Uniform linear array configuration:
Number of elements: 16
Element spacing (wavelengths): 1
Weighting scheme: binomial
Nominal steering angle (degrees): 15
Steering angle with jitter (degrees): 14.544
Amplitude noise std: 0.05
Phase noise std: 0.05

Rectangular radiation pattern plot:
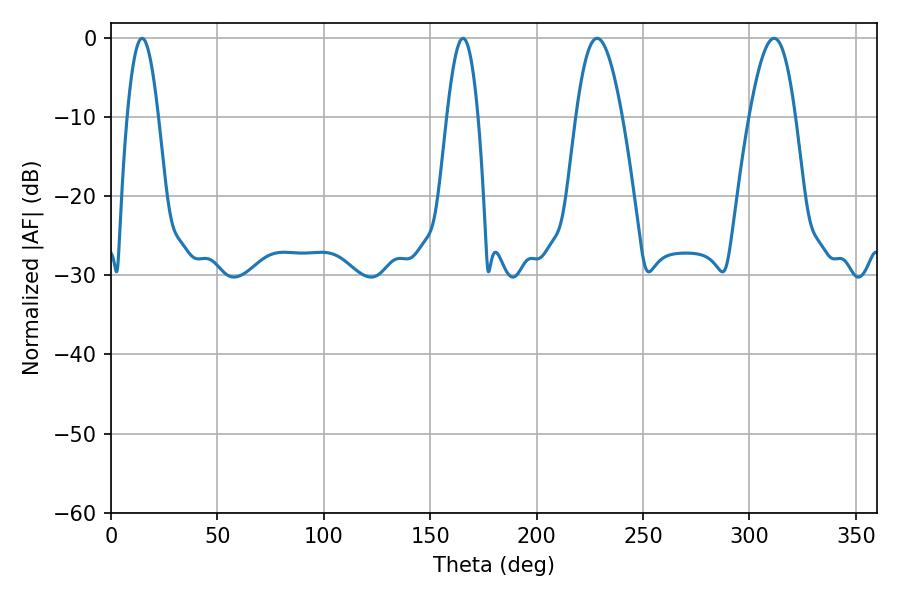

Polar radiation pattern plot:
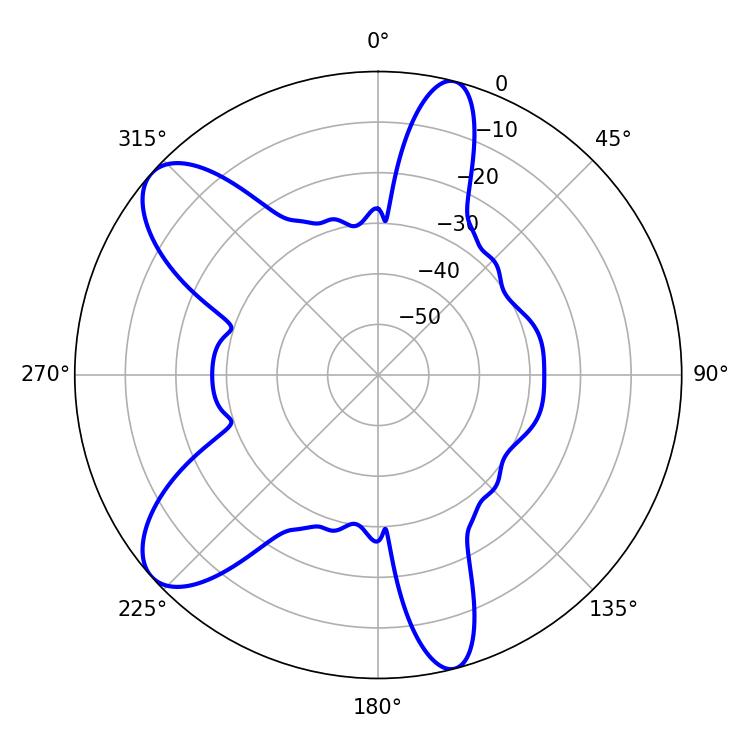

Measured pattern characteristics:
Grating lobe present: TRUE
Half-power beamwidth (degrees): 11.7
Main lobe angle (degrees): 228.42